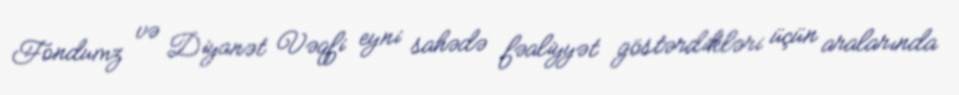
Fondumz və Diyanət Vəqfi eyni sahədə fəaliyyət göstərdikləri üçün aralarında